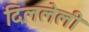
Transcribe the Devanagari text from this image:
दिललेली